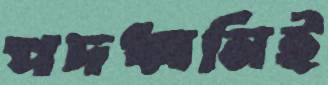
পদধ্বনিই